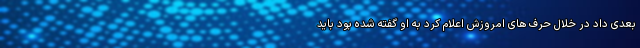
بعدی داد در خلال حرف های امروزش اعلام کرد به او گفته شده بود باید